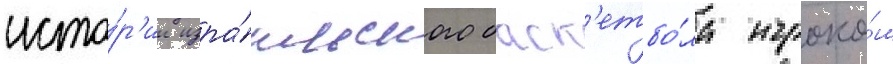
исто́р'ии изра́ильского баск'етбо́ла игроко́м